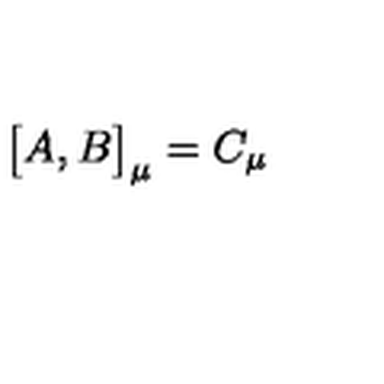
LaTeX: \bigl \lbrack A , B \bigr \rbrack _ { \mu } = C _ { \mu }